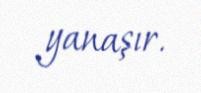
yanaşır.